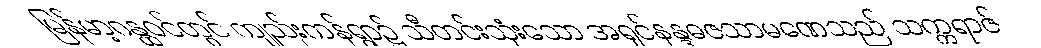
မြန်မာ့ဂန္ထဝင်တွင် ကျည်းကန်ရွာ၌ သီတင်းသုံးသော အရှင်နန္ဒဓဇသာမဏေသည် သက္ကရာဇ်